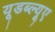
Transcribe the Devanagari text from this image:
यूडब्ल्यूए